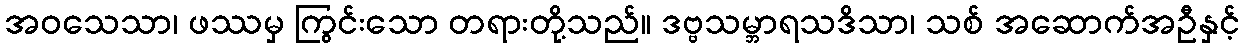
အဝသေသာ၊ ဖဿမှ ကြွင်းသော တရားတို့သည်။ ဒဗ္ဗသမ္ဘာရသဒိသာ၊ သစ် အဆောက်အဦနှင့်